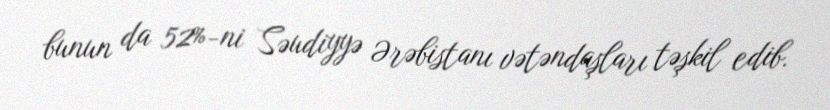
bunun da 52%-ni Səudiyyə Ərəbistanı vətəndaşları təşkil edib.